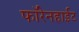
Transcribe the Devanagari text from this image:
फॉरेनहाईट